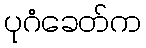
ပုဂံခေတ်က